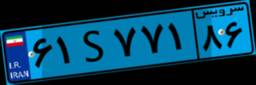
۶۱S۷۷۱۸۶